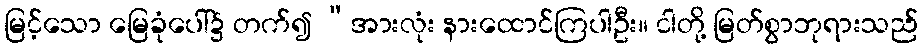
မြင့်သော မြေခုံပေါ်၌ တက်၍ “အားလုံး နားထောင်ကြပါဦး။ ငါတို့ မြတ်စွာဘုရားသည်